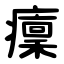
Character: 癛